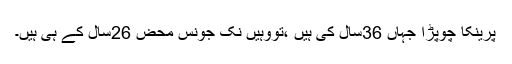
پرینکا چوپڑا جہاں 36سال کی ہیں ،تووہیں نک جونس محض 26سال کے ہی ہیں۔